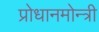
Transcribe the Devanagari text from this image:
प्रोधानमोन्त्री